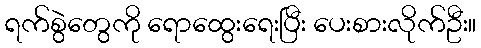
ရက်စွဲတွေကို ရောထွေးရေးပြီး ပေးစားလိုက်ဦး။